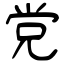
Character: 党